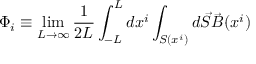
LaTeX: \Phi _ { i } \equiv \operatorname * { l i m } _ { L \rightarrow \infty } \frac { 1 } { 2 L } \int _ { - L } ^ { L } d x ^ { i } \int _ { S ( x ^ { i } ) } d \vec { S } \vec { B } ( x ^ { i } )